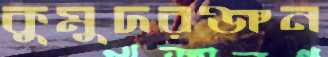
কুমুদরঞ্জন